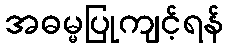
အဓမ္မပြုကျင့်ရန်